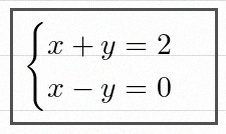
\begin{cases}x+y=2\\x-y=0\end{cases}